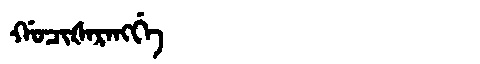
Manchu: ᡤᠣᠴᡳᡧᠠᡵᠠᠩᡤᡝ
Romanization: GOCIŠARANGGE